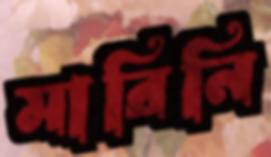
মারিনি